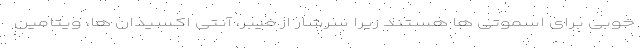
خوبی برای اسموتی ها هستند زیرا سرشار از فیبر، آنتی اکسیدان ها، ویتامین